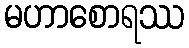
မဟာစောရဿ